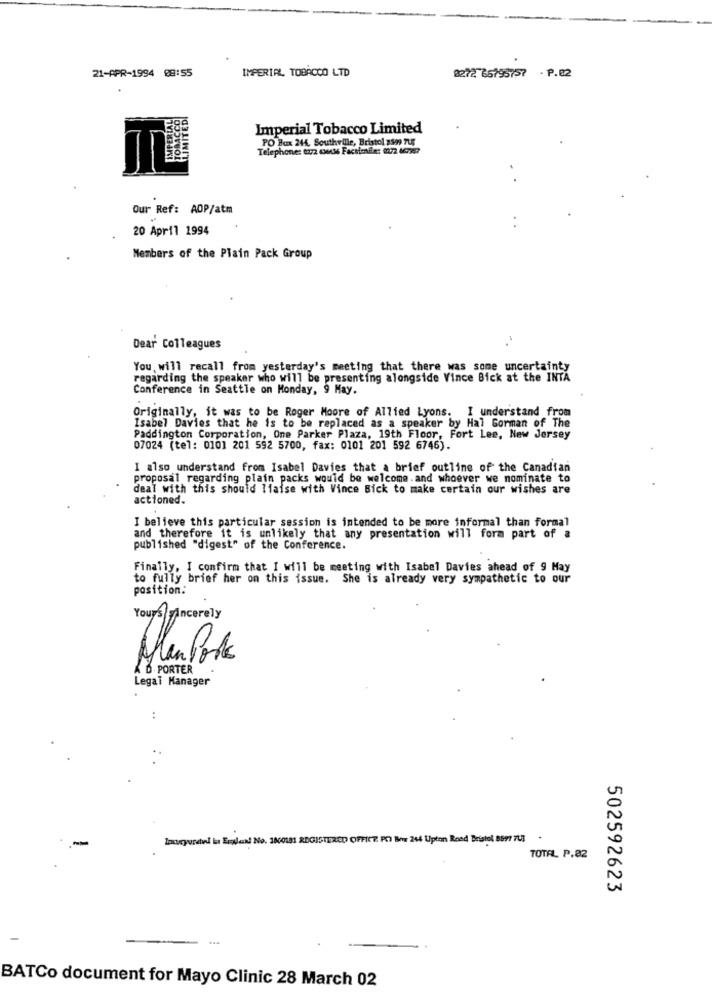
21-APR-1994 08:55
IMPERIAL TOBACCO LTD
8272 66795757 - P.82
Imperial Tobacco Limited
PO Box 244. Southville, Bristol s199 7LE
Telephone: 6372 6MM Facsimile: 1972 66727
Our Ref: ADP/atm
20 April 1994
Members of the Plain Pack Group
Dear Colleagues
You will recall from yesterday's meeting that there was some uncertainty
regarding the speaker who will be presenting alongside Vince Bick at the INTA
Conference in Seattle on Monday, 9 May.
Originally, it was to be Roger Moore of Allied Lyons. I understand from
Isabel Davies that he is to be replaced as a speaker by Hal Gorman of The
Paddington Corporation, One Parker Plaza, 19th Floor, Fort Lee, New Jersey
07024 (tel: 010] 201 592 5700, fax: 0101 201 592 6746).
I also understand from Isabel Davies that a brief outline of the Canadian
proposal regarding plain packs would be welcome. and whoever we nominate to
deal with this should Ifaise with Vince Bick to make certain our wishes are
actioned.
I believe this particular session is intended to be more informal than formal
and therefore it is unlikely that any presentation will form part of a
published "digest" of the Conference.
Finally, I confirm that I will be meeting with Isabel Davies ahead of 9 May
to fully brief her on this issue. She is already very sympathetic to our
position:
Yours sincerely
Hlen Pork
D PORTER
Legal Manager
lowcyurated lus Erlend No. 1800181 REGISTERED OFFICE PC) Bor 264 Upton Road Bristol 8891 701 .
TOTAL P.82
502592623
BATCo document for Mayo Clinic 28 March 02